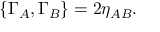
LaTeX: { \lbrace \Gamma _ { A } , \Gamma _ { B } \rbrace = 2 \eta _ { A B } . }